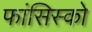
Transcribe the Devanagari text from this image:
फांसिस्को